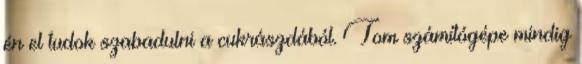
én el tudok szabadulni a cukrászdából. Tom számítógépe mindig